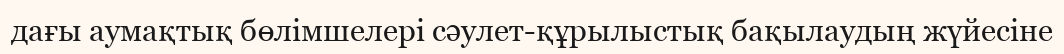
дағы аумақтық бөлімшелері сәулет-құрылыстық бақылаудың жүйесіне